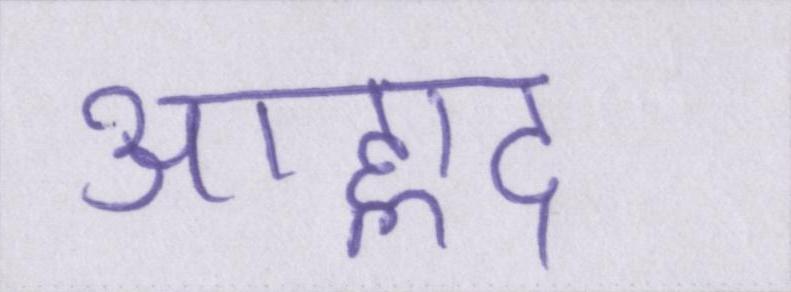
आह्लाद